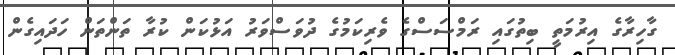
ގާހިރާގެ އިރުމަތީ ބިތުގައި ރަމްސަސްގެ ވެރިކަމުގެ ދުވަސްވަރު އަޅުކަން ކުރާ ތަންތަން ހަދައިގެން